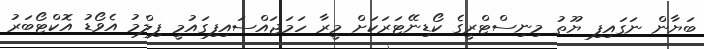
ބަޔާން ނަގައިފި ޔޫތު މިނިސްޓްރީގެ ކޯޑިނޭޓަރަކަށް މީރާ ހަމަޖައްސައިފިގައުމީ ފިލްމު އެވޯޑު އޮކްޓޯބަރު